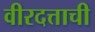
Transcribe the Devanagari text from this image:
वीरदत्ताची